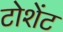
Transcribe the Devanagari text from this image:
टोशेंट